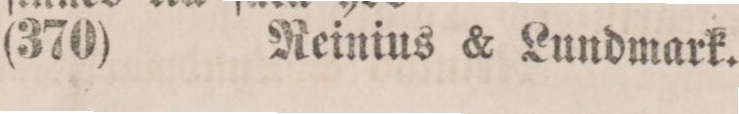
(370)    Reinius & Lundmark.